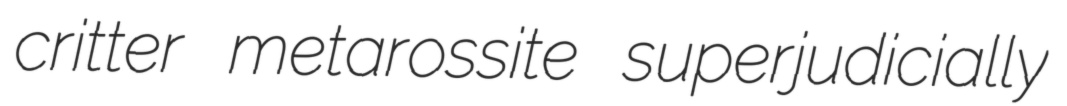
critter metarossite superjudicially